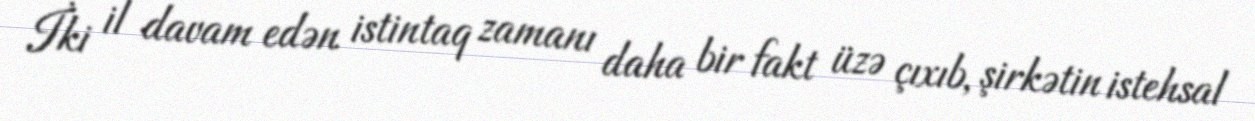
İki il davam edən istintaq zamanı daha bir fakt üzə çıxıb, şirkətin istehsal